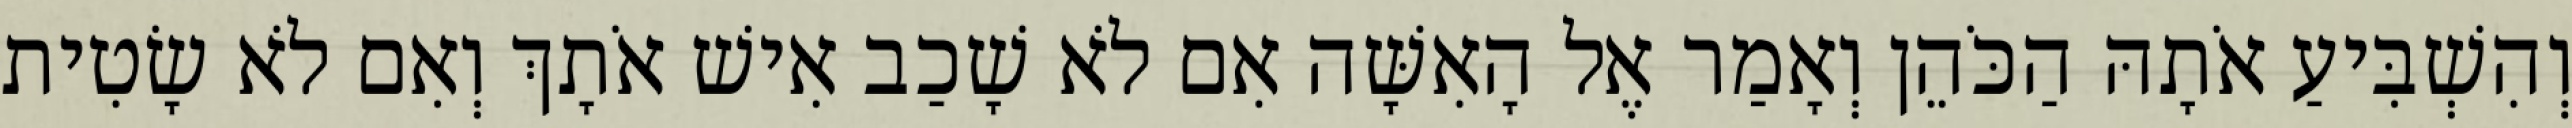
וְהִשְׁבִּיעַ אֹתָהּ הַכֹּהֵן וְאָמַר אֶל הָאִשָּׁה אִם לֹא שָׁכַב אִישׁ אֹתָךְ וְאִם לֹא שָׂטִית